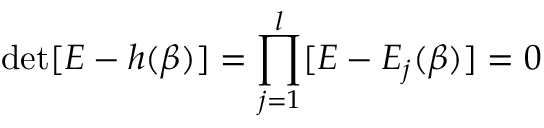
\operatorname* { d e t } [ E - h ( \beta ) ] = \prod _ { j = 1 } ^ { l } [ E - E _ { j } ( \beta ) ] = 0